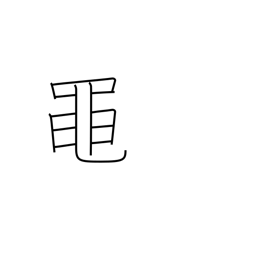
Meaning: green frog